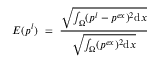
E ( { p ^ { l } } ) ~ = ~ \frac { \sqrt { \int _ { \Omega } ( p ^ { l } - p ^ { e x } ) ^ { 2 } \mathrm { d } x } } { \sqrt { \int _ { \Omega } ( p ^ { e x } ) ^ { 2 } \mathrm { d } x } }